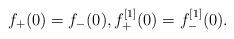
LaTeX: \begin{align*}f_+(0)=f_-(0), f^{[1]}_+(0)=f^{[1]}_-(0).\end{align*}